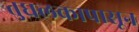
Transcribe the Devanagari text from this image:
तुघलकापासून